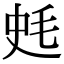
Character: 𣭂